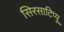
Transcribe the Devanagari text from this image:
सिरसाटिप्पू